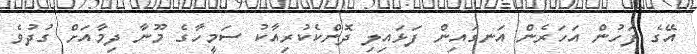
އޭގެ ފަހުން އަހަރެން އަނގައިން ފަޅައިލި ދޮންކެކުރިއާކު ސަމީހާގެ މޫނާ ދިމާއަށް ގުދުވެ